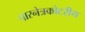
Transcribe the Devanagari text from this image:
पारनेत्रकोटरीय